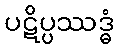
ပဋိပ္ပဿဒ္ဓံ